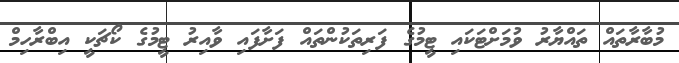
މުބާރާތައް ތައްޔާރު ވުމަށްޓަކައި ޓީމުގެ ފަރިތަކުންތައް ފަަށާފައި ވާއިރު ޓީމުގެ ކޯޗަކީ އިބްރާހިމް